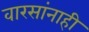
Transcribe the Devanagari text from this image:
वारसांनाही